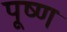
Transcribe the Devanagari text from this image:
पूष्ण